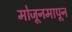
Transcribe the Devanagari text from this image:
मोजूनमापून